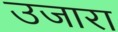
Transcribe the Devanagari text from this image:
उजारा